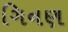
ગિનણ